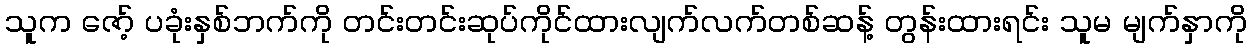
သူက ဇော့် ပခုံးနှစ်ဘက်ကို တင်းတင်းဆုပ်ကိုင်ထားလျက်လက်တစ်ဆန့် တွန်းထားရင်း သူမ မျက်နှာကို